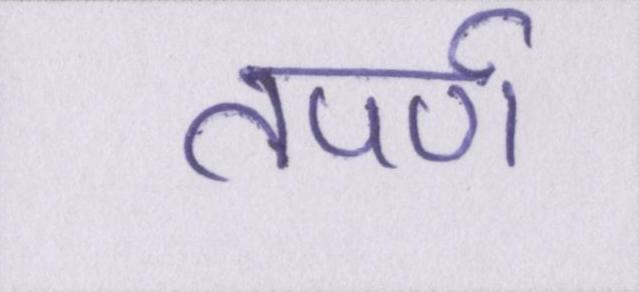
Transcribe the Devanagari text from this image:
तपर्ण